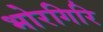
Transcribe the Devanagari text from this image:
भोरगिरि